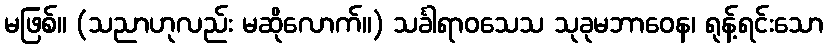
မဖြစ်။ (သညာဟုလည်း မဆိုလောက်။) သင်္ခါရာဝသေသ သုခုမဘာဝေန၊ ရုန့်ရင်းသော